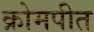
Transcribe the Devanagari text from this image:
क्रोमपीत